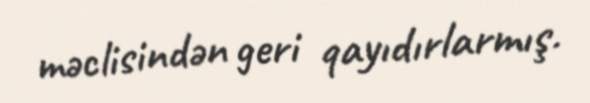
məclisindən geri qayıdırlarmış.